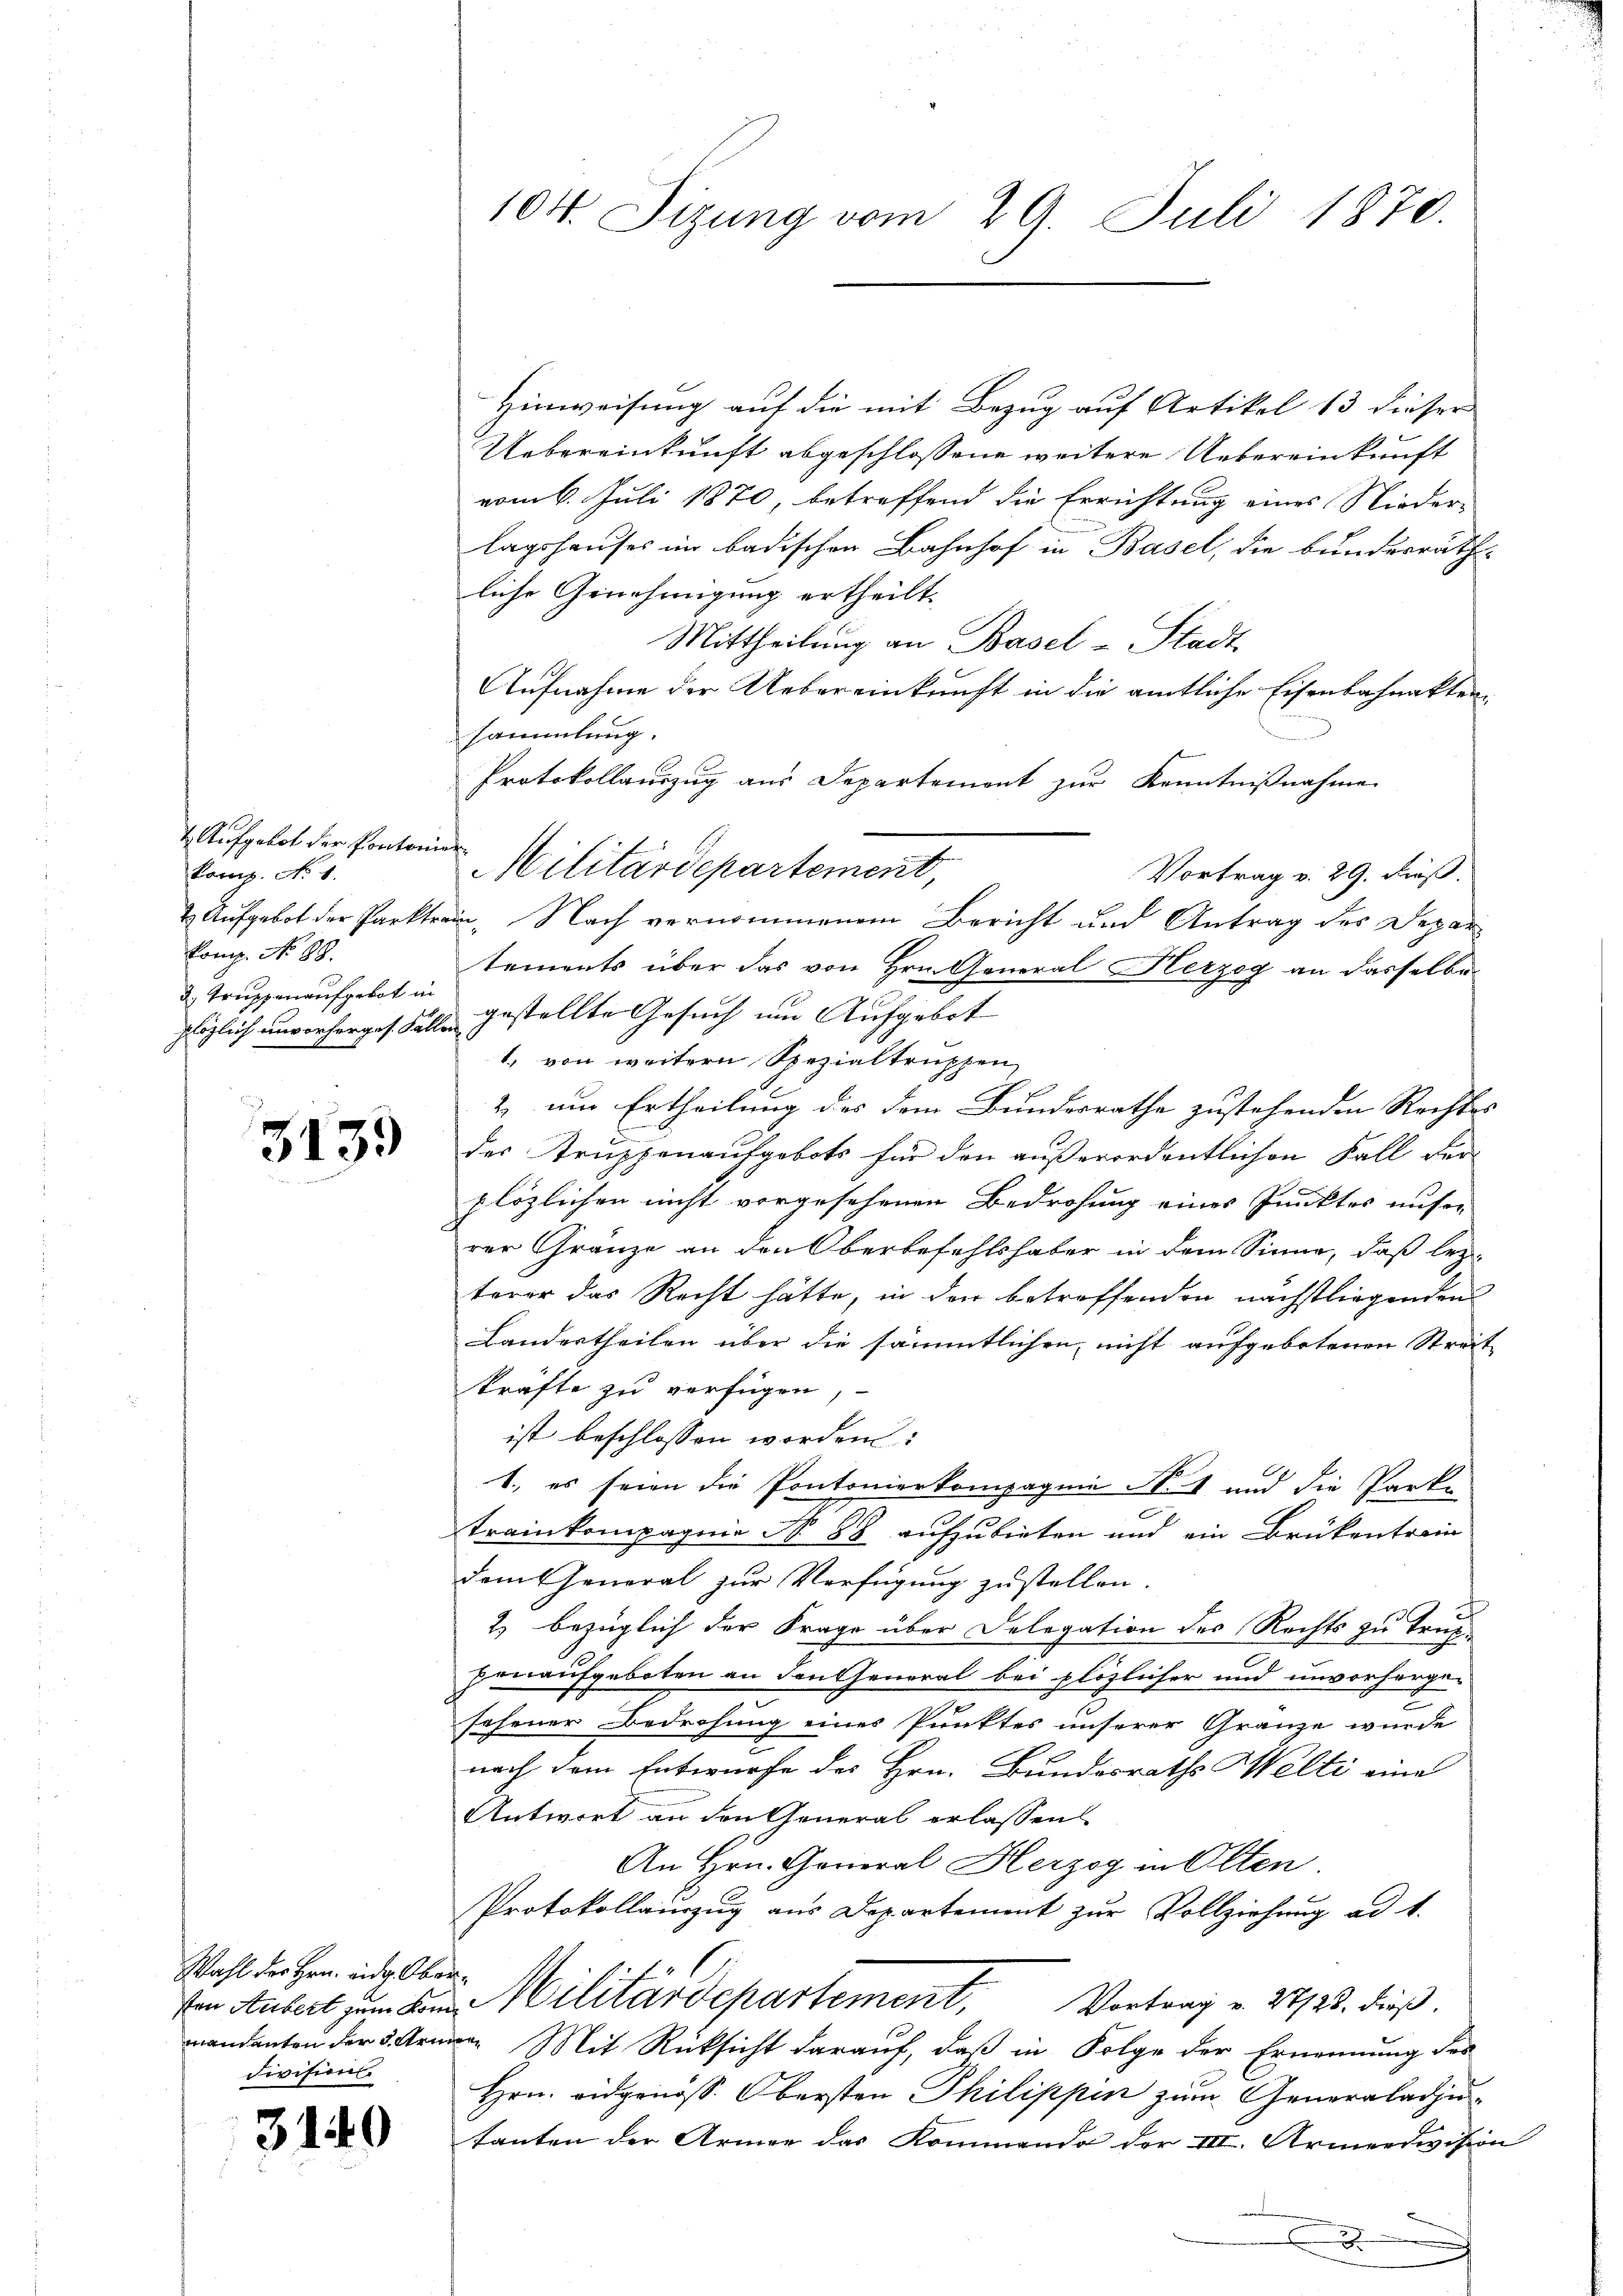
Aufgebot der Kontonier
kamp. No 1.
Komp. No 89.
3. Truppenaufgebot in

3139

Wahl des Hrn. und Oberdivision

3140

104. Sizung vom 29. Juli 1870.

Hinweisung auf die mit Bezug auf Artikel 13 dieser
Uebereinkunft abgeschlossene weitere Uebereinkunft
vom 6. Juli 1870, betreffend die Errichtung eines Nieder-
lagshauses im badischen Bahnhof in Basel, die bunderräthliche Genehmigung ertheilt.
Mittheilung an Basel-Stadt
Aufnahme der Uebereinkunft in die amtliche Eisenbahnaktenn
sammlung.
Protokollauszug aus Departement zur Kenntnißnahme
Vortrag v. 29. Fröß.
1. Aufgebot der Parktram. Nach vernommenem Bericht und Antrag des Depar
tements über das von Hrn. General Herzog an dasselbe
plöglich unvorherges Falle gestellte Gesuch um Aufgebot
1. von weitern Spezialtruppen
2 um Ertheilung des dem Bundesrathe zustehenden Rechtes
der Struppenaufgebots für den außerordentlichen Fall der
plözlichen nicht vorgesehenen Bedrohung eines Punktes unser
rer Gränze an den Oberbefehlshaber in dem Sinne, daß lezterer das Recht hätte, in den betreffenden nächstliegenden
Landertheilen über die sämmtlichen, nicht aufgebotenen Streite
kräfte zu verfügen,
ist beschlossen worden:
1., es seien die Pontonierkompagnie N. 4 und die Parke
e
trainkompagnie No 89 aufzubieten und ein Brükentrain
dem General zur Verfügung zustellen.
2) bezüglich der Frage über Delegation des Rechts zu trag
henaufgeboten an den General bei plözlicher und unvorherge-
2
sehener Bedrohung eines Punktes unserer Gränze wurde
nach dem Entwurfe des Hrn. Bundesraths Welti eine
Antwort an den General erlassen
An Hrn. General Herzog in Olten.
Protokollainzŭg aŭs Departement zŭr Vollziehung ad b.
 Aubert zum Bann Militärdepartement. Vortrag u. 27/23. dieß.
mandanten der 3. Armen. Mit Rücksicht darauf, daß in Folge der Ernennung des
Hrn. Eidgenöss. Obersten Philippen zum Generaladjutanten der Armee das Kommando der III. Armeedivision
2
x

Militärdepartement,